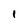
Character: 1